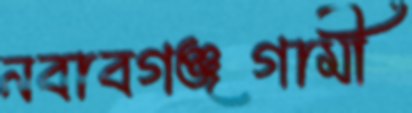
নবাবগঞ্জগামী